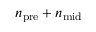
n _ { \mathrm { p r e } } + n _ { \mathrm { m i d } }